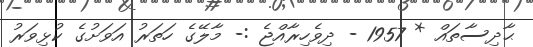
ޙާދިސާތައް * 1957 - ދިވެހިރާއްޖެ :- މާލޭގެ ހަތަރު އަވަށުގެ ކުޅިވަރު